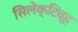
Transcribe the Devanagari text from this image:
सिलेक्टिव्ह